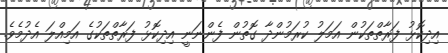
އިދިކޮޅު ފަރާތްތަކުން އަމަލު ކުރަމުންދާ ގޮތުން ފެންނަނީ އިދިކޮޅު ފަރާތްތަކުގެ އަމިއްލަ އެދުމެވެ.